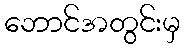
ဘောင်အတွင်းမှ